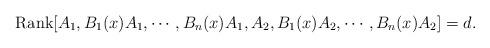
LaTeX: \begin{align*}\mathrm{Rank}[A_1, B_1(x)A_1,\cdots, B_n(x)A_1, A_2, B_1(x)A_2,\cdots, B_n(x)A_2]=d.\end{align*}